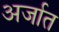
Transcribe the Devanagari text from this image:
अर्जात